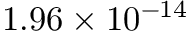
1 . 9 6 \times 1 0 ^ { - 1 4 }